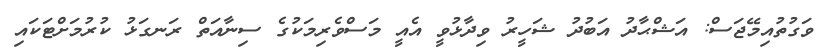
ވަގުތުއިމޭޖަސް: އަޝްޙާދު އަބުދު ޝަހީރު ވިދާޅުވީ އެއީ މަސްވެރިމަކުގެ ސިނާއަތް ރަނގަޅު ކުރުމަށްޓަކައި